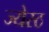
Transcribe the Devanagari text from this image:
ज्येस्ठ